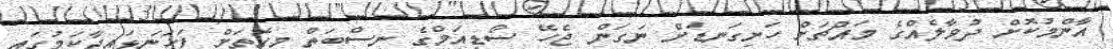
އާންމުކޮށް ދުވާލެއްގެ މައްޗަށް ހަށިގަނޑަށް ނަގަން ޖެހޭ ސޯޑިއަމްގެ ނިސްބަތް މިގޮތަށް ފަހަނަޅައިދާކަމުގައި